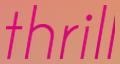
thrill